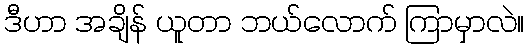
ဒီဟာ အချိန် ယူတာ ဘယ်လောက် ကြာမှာလဲ။